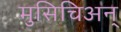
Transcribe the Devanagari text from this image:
मुसिचिअन्